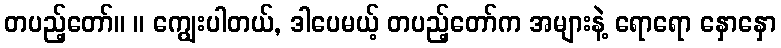
တပည့်တော်။ ။ ကျွေးပါတယ်, ဒါပေမယ့် တပည့်တော်က အများနဲ့ ရောရော နှောနှော